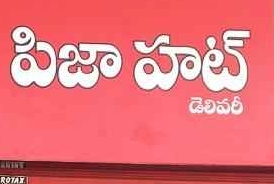
Language: telugu
Transcription: హాట్ పిజా డెలివరీ